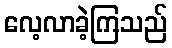
လေ့လာခဲ့ကြသည်